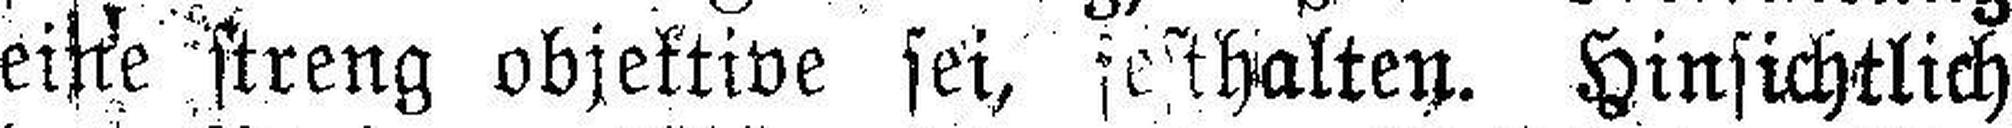
eine streng objektive sei, festhalten. Hinsichtlich